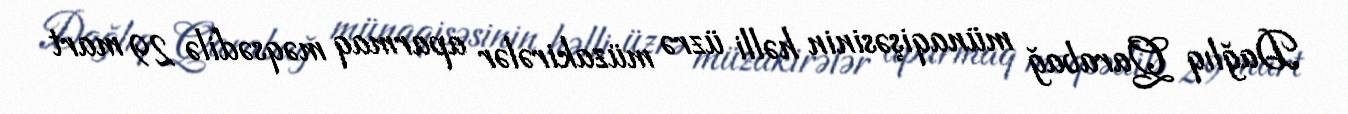
Dağlıq Qarabağ münaqişəsinin həlli üzrə müzakirələr aparmaq məqsədilə 29 mart